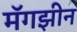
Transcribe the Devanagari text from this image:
मॅगझीन